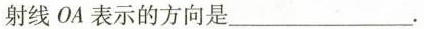
射线OA表示的方向是___.